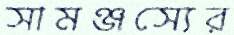
সামঞ্জস্যের